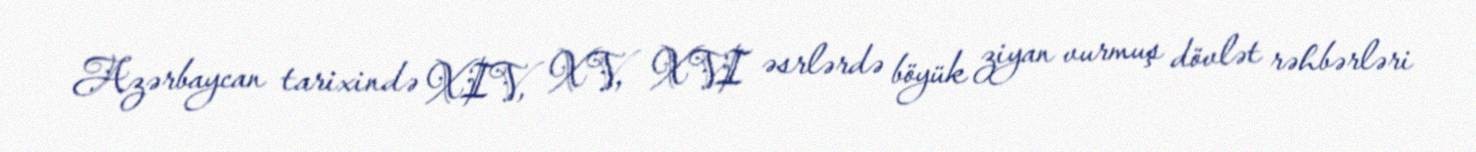
Azərbaycan tarixində XIV, XV, XVI əsrlərdə böyük ziyan vurmuş dövlət rəhbərləri